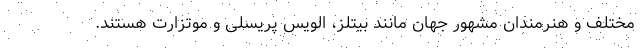
مختلف و هنرمندان مشهور جهان مانند بیتلز، الویس پریسلی و موتزارت هستند.